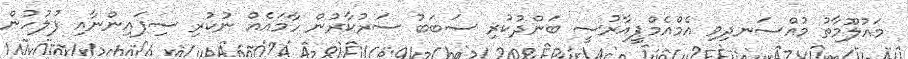
މައުލޫމާތު މުއްސަނދިވި އެމްއެމްޕީއާރުސީ ބަންދުކުރި ސަބަބު ސަރުކާރުން ހާމައެއް ނުކުރި ސިފައިންނާއި ފުލުހުން